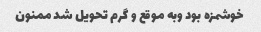
خوشمزه بود وبه موقع و گرم تحویل شد ممنون